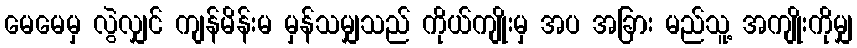
မေမေမှ လွဲလျှင် ကျန်မိန်းမ မှန်သမျှသည် ကိုယ်ကျိုးမှ အပ အခြား မည်သူ့ အကျိုးကိုမျှ